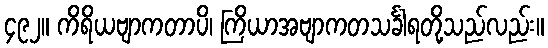
၄၉၂။ ကိရိယဗျာကတာပိ၊ ကြိယာအဗျာကတသင်္ခါရတို့သည်လည်း။